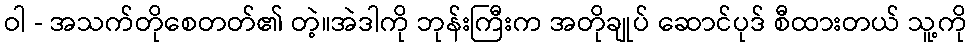
ဝါ - အသက်တိုစေတတ်၏ တဲ့။အဲဒါကို ဘုန်းကြီးက အတိုချုပ် ဆောင်ပုဒ် စီထားတယ် သူ့ကို